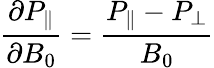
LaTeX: \frac{\partial P_{\parallel}}{\partial B_{0}}=\frac{P_{\parallel}-P_{\perp}}{B_{0}}